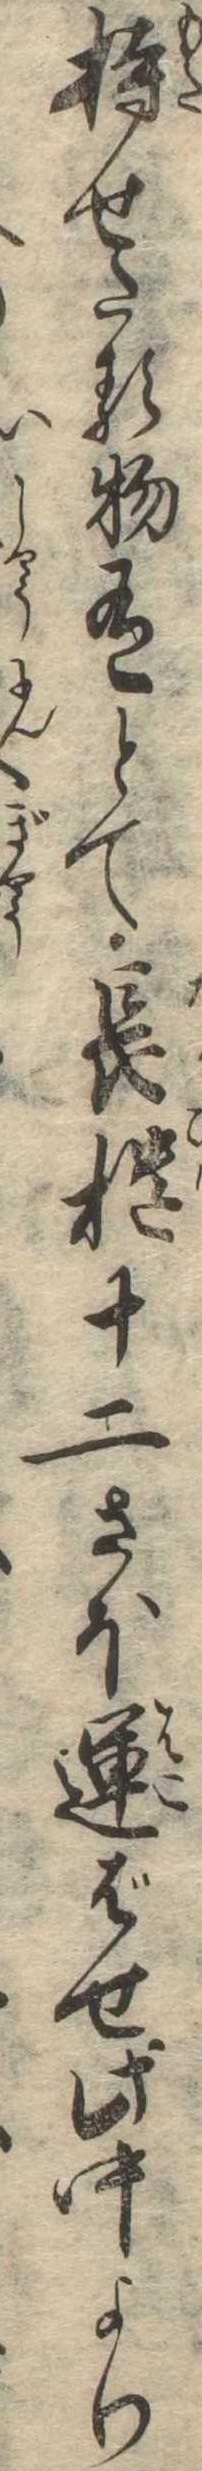
持せたる物有とて長櫃十二さほ運ばせ此中より